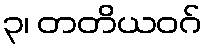
၃၊ တတိယဝဂ်